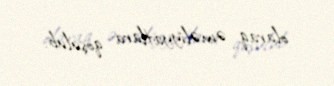
olaraq əməliyyatlara qoşulub.